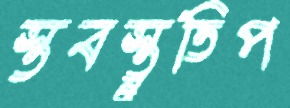
স্তবস্তুতিপ